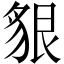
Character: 貇